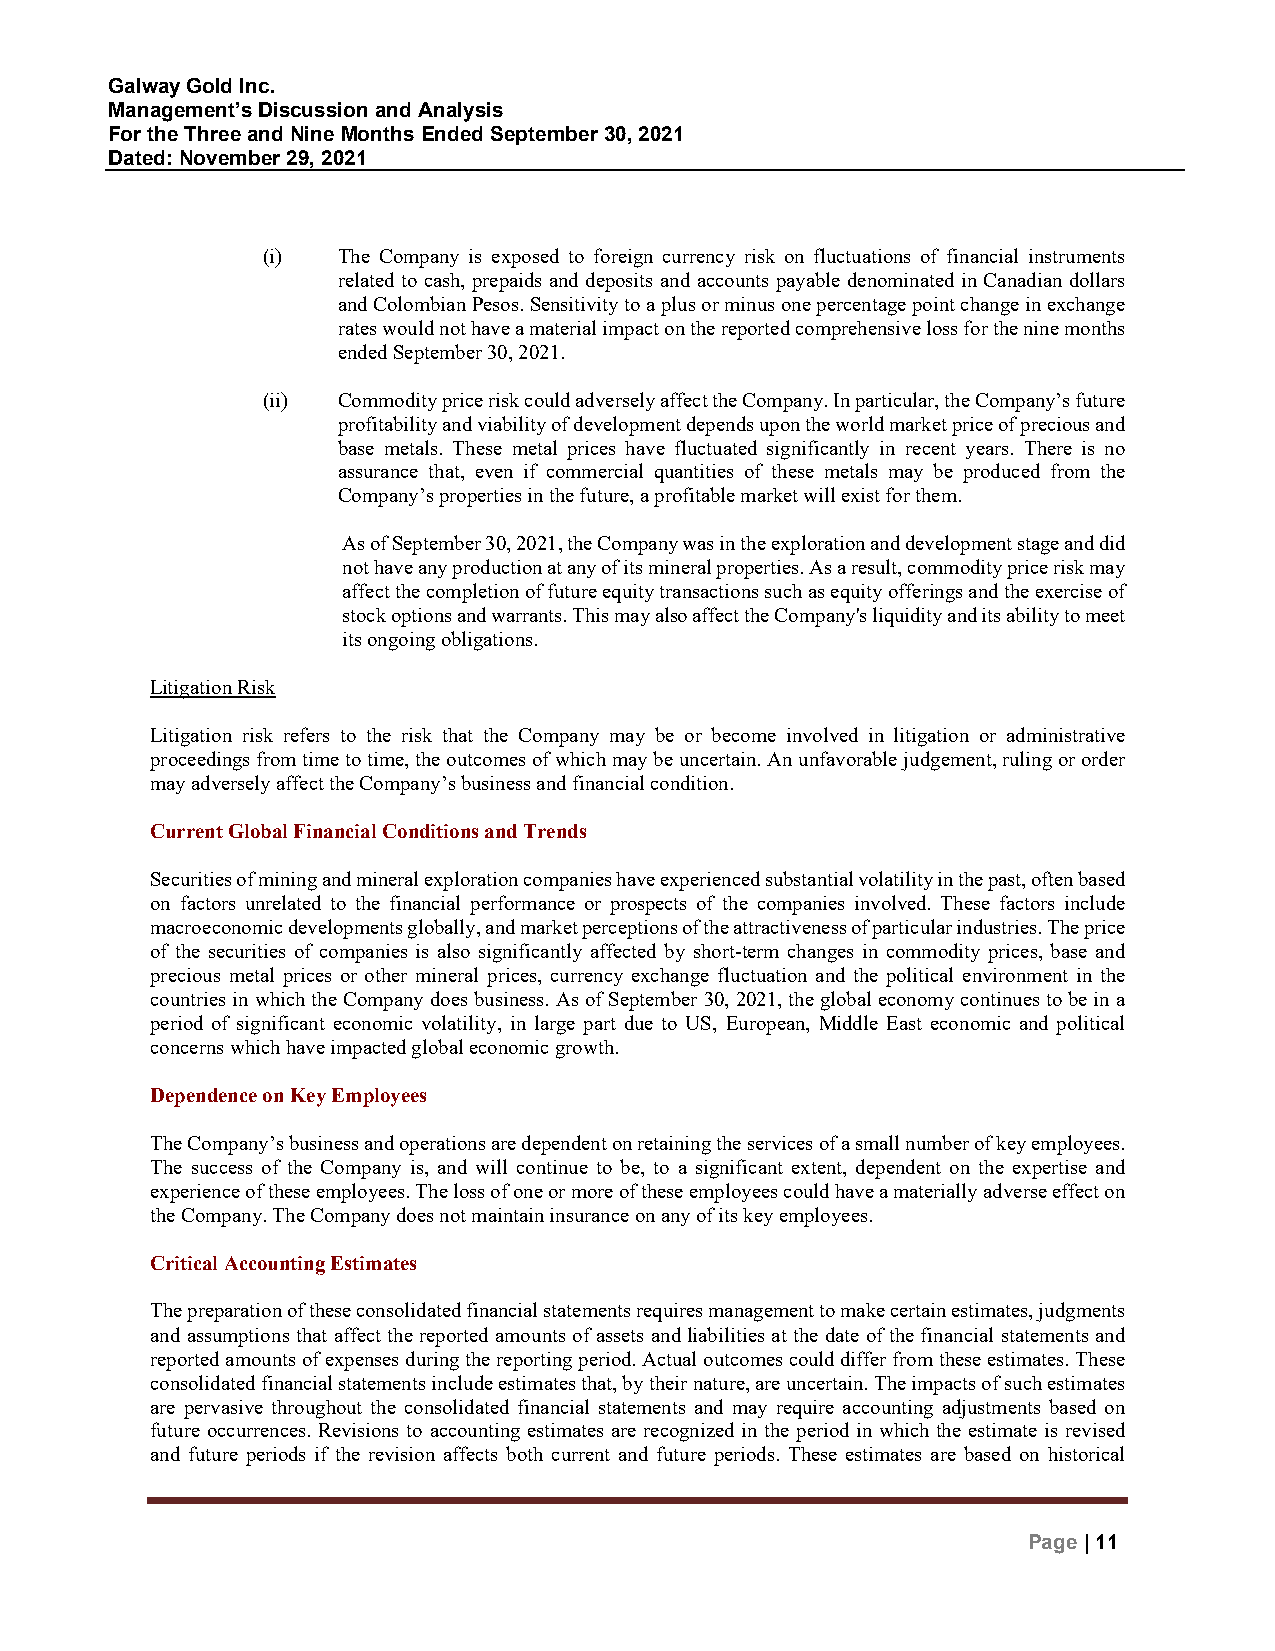
Galway Gold Inc.
 Management’s Discussion and Analysis
 For the Three and Nine Months Ended September 30, 2021
 Dated: November 29, 2021
 (i)  The Company is exposed to foreign currency risk on fluctuations of financial instruments
 related to cash, prepaids and deposits and accounts payable denominated in Canadian dollars
 and Colombian Pesos. Sensitivity to a plus or minus one percentage point change in exchange
 rates would not have a material impact on the reported comprehensive loss for the nine months
 ended September 30, 2021.
 (ii) Commodity price risk could adversely affect the Company. In particular, the Company’s future
 profitability and viability of development depends upon the world market price of precious and
 base metals. These metal prices have fluctuated significantly in recent years. There is no
 assurance that, even if commercial quantities of these metals may be produced from the
 Company’s properties in the future, a profitable market will exist for them.
 As of September 30, 2021, the Company was in the exploration and development stage and did
 not have any production at any of its mineral properties. As a result, commodity price risk may
 affect the completion of future equity transactions such as equity offerings and the exercise of
 stock options and warrants. This may also affect the Company's liquidity and its ability to meet
 its ongoing obligations.
 Litigation Risk
 Litigation risk refers to the risk that the Company may be or become involved in litigation or administrative
 proceedings from time to time, the outcomes of which may be uncertain. An unfavorable judgement, ruling or order
 may adversely affect the Company’s business and financial condition.
 Current Global Financial Conditions and Trends
 Securities of mining and mineral exploration companies have experienced substantial volatility in the past, often based
 on factors unrelated to the financial performance or prospects of the companies involved. These factors include
 macroeconomic developments globally, and market perceptions of the attractiveness of particular industries. The price
 of the securities of companies is also significantly affected by short-term changes in commodity prices, base and
 precious metal prices or other mineral prices, currency exchange fluctuation and the political environment in the
 countries in which the Company does business. As of September 30, 2021, the global economy continues to be in a
 period of significant economic volatility, in large part due to US, European, Middle East economic and political
 concerns which have impacted global economic growth.
 Dependence on Key Employees
 The Company’s business and operations are dependent on retaining the services of a small number of key employees.
 The success of the Company is, and will continue to be, to a significant extent, dependent on the expertise and
 experience of these employees. The loss of one or more of these employees could have a materially adverse effect on
 the Company. The Company does not maintain insurance on any of its key employees.
 Critical Accounting Estimates
 The preparation of these consolidated financial statements requires management to make certain estimates, judgments
 and assumptions that affect the reported amounts of assets and liabilities at the date of the financial statements and
 reported amounts of expenses during the reporting period. Actual outcomes could differ from these estimates. These
 consolidated financial statements include estimates that, by their nature, are uncertain. The impacts of such estimates
 are pervasive throughout the consolidated financial statements and may require accounting adjustments based on
 future occurrences. Revisions to accounting estimates are recognized in the period in which the estimate is revised
 and future periods if the revision affects both current and future periods. These estimates are based on historical
 Page | 11